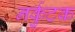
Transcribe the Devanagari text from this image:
नर्कुटक